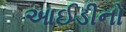
આઈડીનો